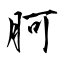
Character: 胢